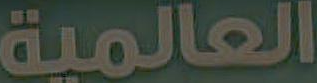
العالمية